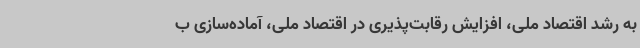
به رشد اقتصاد ملی، افزایش رقابت‌پذیری در اقتصاد ملی، آماده‌سازی ب